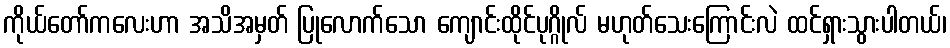
ကိုယ်တော်ကလေးဟာ အသိအမှတ် ပြုလောက်သော ကျောင်းထိုင်ပုဂ္ဂိုလ် မဟုတ်သေးကြောင်းလဲ ထင်ရှားသွားပါတယ်၊